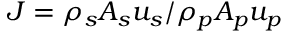
J = \rho _ { s } A _ { s } u _ { s } / \rho _ { p } A _ { p } u _ { p }